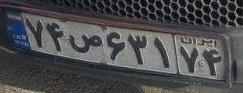
۷۴ص۶۳۱۷۴